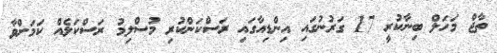
ތާޖް މަހަލް ބިނާކުރީ 17 ގަރުނުގައި އިންޑިއާގައި ރަސްކަންކުރި މުސްލިމު ރަސްކަލެއް ކަމަށްވާ